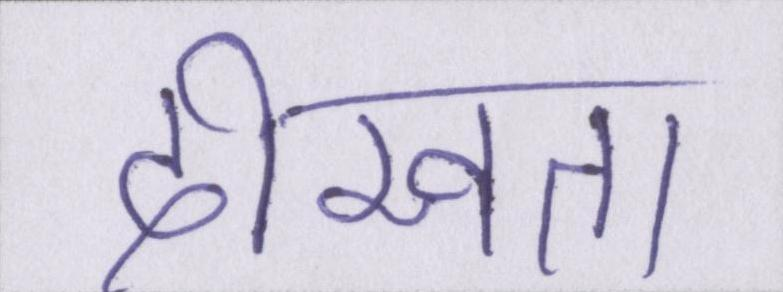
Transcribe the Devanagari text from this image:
दीखता